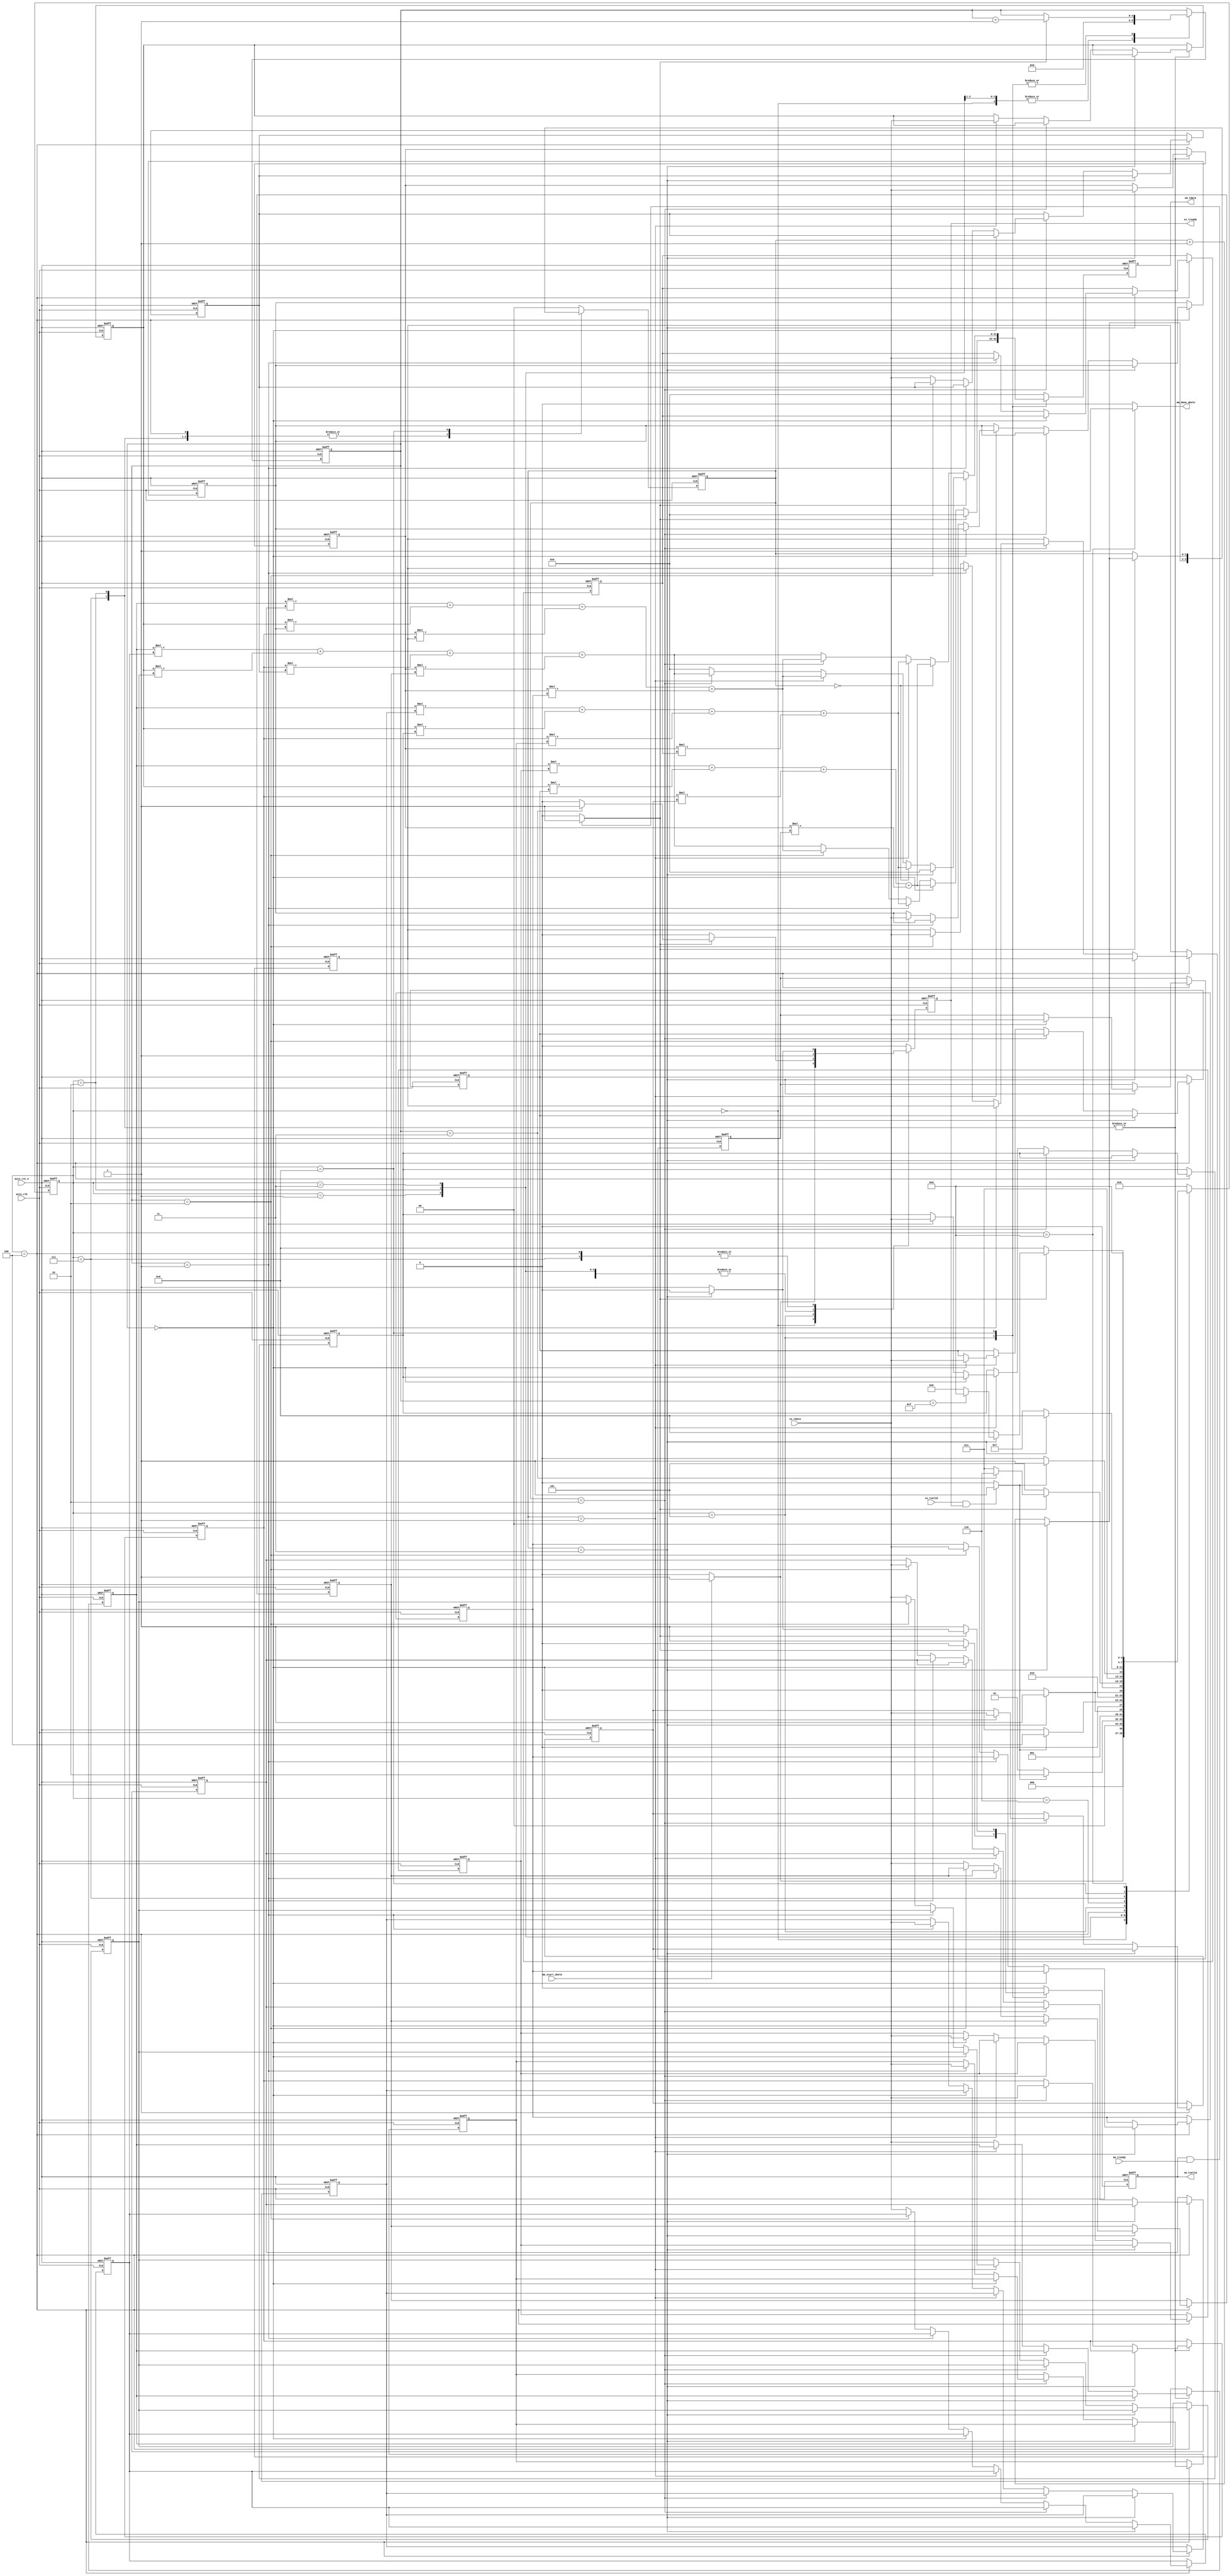
module mm 
#(  parameter pADDR_WIDTH = 12,
    parameter pDATA_WIDTH = 32
)
(
    input   wire                     axis_clk,
    input   wire                     axis_rst_n,
    
    // ap_start from DMA
    input   wire                     mm_start_whole,
    output   wire                     mm_done_whole,
    /////output   wire                     mm_idle,

    // Data in (AXI-Stream)
    input   wire                     ss_tvalid, 
    input   wire [(pDATA_WIDTH-1):0] ss_tdata, 
    //input   wire                     ss_tlast, //not used
    output  reg                     ss_tready,

    // Data out (AXI-Stream)
    input   wire                     sm_tready, 
    output  reg                     sm_tvalid, 
    output  reg [(pDATA_WIDTH-1):0] sm_tdata
    //output  wire                     sm_tlast, //not used
);

// Design by yuhungwei, testbench by zeus950068, modified by whywhytellmewhy
localparam IDLE = 4'd0;
localparam WAIT_MATRIX_A1_HANDSHAKE = 4'd1;
localparam INPUT_MATRIX_A_row1= 4'd2;

localparam WAIT_MATRIX_B_HANDSHAKE= 4'd3;
localparam INPUT_MATRIX_B_column = 4'd4;

localparam OUTPUT_row1 = 4'd5;
localparam WAIT_MATRIX_A_rest_row_HANDSHAKE = 4'd6;
localparam INPUT_MATRIX_A_rest_row = 4'd7;
localparam OUTPUT_rest_row = 4'd8;
localparam DONE = 4'd9;


wire mm_start; // modified
wire mm_done; // modified
wire mm_idle; // modified
assign mm_done_whole=mm_idle; // modified

reg ss_tready_before_FF;
reg sm_tvalid_before_FF;
reg [(pDATA_WIDTH-1):0] sm_tdata_before_FF;

reg         [3:0]           n_state;
reg         [3:0]           c_state;
//matrix A * matrix B == matrix C
reg         [4:0]           cnt_output, next_cnt_output;
reg         [1:0]           cnt_input, next_cnt_input;

reg    [(pDATA_WIDTH-1):0]  A1,A2,A3,A4;
reg    [(pDATA_WIDTH-1):0]  B11,B12,B13,B14;
reg    [(pDATA_WIDTH-1):0]  B21,B22,B23,B24;
reg    [(pDATA_WIDTH-1):0]  B31,B32,B33,B34;
reg    [(pDATA_WIDTH-1):0]  B41,B42,B43,B44;
reg    [(pDATA_WIDTH-1):0]  next_A1,next_A2,next_A3,next_A4;
reg    [(pDATA_WIDTH-1):0]  next_B11,next_B12,next_B13,next_B14;
reg    [(pDATA_WIDTH-1):0]  next_B21,next_B22,next_B23,next_B24;
reg    [(pDATA_WIDTH-1):0]  next_B31,next_B32,next_B33,next_B34;
reg    [(pDATA_WIDTH-1):0]  next_B41,next_B42,next_B43,next_B44;
wire   [(pDATA_WIDTH-1):0]  mac1,mac2,mac3,mac4; // MUL & ADD


assign mm_start = (ss_tvalid && ss_tready) ? 1:0;
assign mm_done = (sm_tvalid && sm_tready) ? 1:0;
assign mm_idle = (c_state == DONE) ? 1:0;


//MAC
assign mac1 = A1 * B11 + A2 * B21 + A3 * B31 + A4 * B41;
assign mac2 = A1 * B12 + A2 * B22 + A3 * B32 + A4 * B42;
assign mac3 = A1 * B13 + A2 * B23 + A3 * B33 + A4 * B43;
assign mac4 = A1 * B14 + A2 * B24 + A3 * B34 + A4 * B44;

/////////////////////////////////////////////
///FSM
/////////////////////////////////////////////
always @(posedge axis_clk or negedge axis_rst_n) begin
	if(!axis_rst_n) begin
		c_state <= IDLE;
        ss_tready <= 0;
        sm_tvalid <= 0;
        sm_tdata <= 0;
        A1  <= 0;
        A2  <= 0;
        A3  <= 0;
        A4  <= 0;
        B11 <= 0;
        B12 <= 0;
        B13 <= 0;
        B14 <= 0;
        B21 <= 0;
        B22 <= 0;
        B23 <= 0;
        B24 <= 0;
        B31 <= 0;
        B32 <= 0;
        B33 <= 0;
        B34 <= 0;
        B41 <= 0;
        B42 <= 0;
        B43 <= 0;
        B44 <= 0;
        cnt_output <= 0;
        cnt_input <= 0;
	end
	else begin
		c_state <= n_state;
        ss_tready <= ss_tready_before_FF;
        sm_tvalid <= sm_tvalid_before_FF;
        sm_tdata <= sm_tdata_before_FF;
        A1  <= next_A1 ;
        A2  <= next_A2 ;
        A3  <= next_A3 ;
        A4  <= next_A4 ;
        B11 <= next_B11;
        B12 <= next_B12;
        B13 <= next_B13;
        B14 <= next_B14;
        B21 <= next_B21;
        B22 <= next_B22;
        B23 <= next_B23;
        B24 <= next_B24;
        B31 <= next_B31;
        B32 <= next_B32;
        B33 <= next_B33;
        B34 <= next_B34;
        B41 <= next_B41;
        B42 <= next_B42;
        B43 <= next_B43;
        B44 <= next_B44;
        cnt_output <= next_cnt_output;
        cnt_input <= next_cnt_input;
	end
end

always @(*) begin
    next_A1=A1;
    next_A2=A2;
    next_A3=A3;
    next_A4=A4;
    next_B11=B11;
    next_B12=B12;
    next_B13=B13;
    next_B14=B14;
    next_B21=B21;
    next_B22=B22;
    next_B23=B23;
    next_B24=B24;
    next_B31=B31;
    next_B32=B32;
    next_B33=B33;
    next_B34=B34;
    next_B41=B41;
    next_B42=B42;
    next_B43=B43;
    next_B44=B44;


    case(c_state)
        //0
        IDLE: begin // modified
            sm_tvalid_before_FF=0;
            sm_tdata_before_FF=0;
            next_cnt_input=0;
            next_cnt_output=0;
            
            if(mm_start_whole) begin // ap_start
                n_state = WAIT_MATRIX_A1_HANDSHAKE;
                ss_tready_before_FF=1;
            end
            else begin
                n_state = IDLE;
                ss_tready_before_FF=0;
            end
        end
        WAIT_MATRIX_A1_HANDSHAKE:begin
            ss_tready_before_FF=1;
            sm_tvalid_before_FF=0;
            sm_tdata_before_FF=0;
            next_cnt_input=0;
            next_cnt_output=0;

            if(mm_start) begin // ss handshake
                n_state = INPUT_MATRIX_A_row1;
            end
            else begin
                n_state = WAIT_MATRIX_A1_HANDSHAKE;
            end
        end
        INPUT_MATRIX_A_row1:begin
            ss_tready_before_FF=1;
            sm_tvalid_before_FF=0;
            sm_tdata_before_FF=0;
            next_cnt_output=0;

            if(cnt_input==3) begin
                n_state = WAIT_MATRIX_B_HANDSHAKE;
                next_A4=ss_tdata;
                next_cnt_input=0;
            end
            else if(cnt_input==2) begin
                n_state = INPUT_MATRIX_A_row1;
                next_A3=ss_tdata;
                next_cnt_input=cnt_input+1;
            end
            else if(cnt_input==1) begin
                n_state = INPUT_MATRIX_A_row1;
                next_A2=ss_tdata;
                next_cnt_input=cnt_input+1;
            end
            else begin
                n_state = INPUT_MATRIX_A_row1;
                next_A1=ss_tdata;
                next_cnt_input=cnt_input+1;
            end
        end
        WAIT_MATRIX_B_HANDSHAKE:begin
            ss_tready_before_FF=1;
            sm_tvalid_before_FF=0;
            sm_tdata_before_FF=0;
            next_cnt_input=0;
            next_cnt_output=cnt_output;

            if(mm_start) begin // ss handshake
                n_state = INPUT_MATRIX_B_column;
            end
            else begin
                n_state = WAIT_MATRIX_B_HANDSHAKE;
            end
        end
        INPUT_MATRIX_B_column:begin
            sm_tvalid_before_FF=0;
            sm_tdata_before_FF=0;
            next_cnt_output=cnt_output;

            if(cnt_input==3) begin
                n_state = OUTPUT_row1;
                ss_tready_before_FF=0;
                if(cnt_output==0) begin
                    next_B41=ss_tdata;
                end
                else if(cnt_output==1) begin
                    next_B42=ss_tdata;
                end
                else if(cnt_output==2) begin
                    next_B43=ss_tdata;
                end
                else begin
                    next_B44=ss_tdata;
                end
                next_cnt_input=0;
            end
            else if(cnt_input==2) begin
                n_state = INPUT_MATRIX_B_column;
                ss_tready_before_FF=1;
                if(cnt_output==0) begin
                    next_B31=ss_tdata;
                end
                else if(cnt_output==1) begin
                    next_B32=ss_tdata;
                end
                else if(cnt_output==2) begin
                    next_B33=ss_tdata;
                end
                else begin
                    next_B34=ss_tdata;
                end
                next_cnt_input=cnt_input+1;
            end
            else if(cnt_input==1) begin
                n_state = INPUT_MATRIX_B_column;
                ss_tready_before_FF=1;
                if(cnt_output==0) begin
                    next_B21=ss_tdata;
                end
                else if(cnt_output==1) begin
                    next_B22=ss_tdata;
                end
                else if(cnt_output==2) begin
                    next_B23=ss_tdata;
                end
                else begin
                    next_B24=ss_tdata;
                end
                next_cnt_input=cnt_input+1;
            end
            else begin
                n_state = INPUT_MATRIX_B_column;
                ss_tready_before_FF=1;
                if(cnt_output==0) begin
                    next_B11=ss_tdata;
                end
                else if(cnt_output==1) begin
                    next_B12=ss_tdata;
                end
                else if(cnt_output==2) begin
                    next_B13=ss_tdata;
                end
                else begin
                    next_B14=ss_tdata;
                end

                next_cnt_input=cnt_input+1;
            end
        end
        OUTPUT_row1:begin
            next_cnt_input=0;

            if (mm_done) begin // sm handshake
                sm_tvalid_before_FF=0;
                sm_tdata_before_FF=0;
                next_cnt_output=cnt_output+1;
                if(cnt_output==3) begin
                    n_state = WAIT_MATRIX_A_rest_row_HANDSHAKE;
                    ss_tready_before_FF=1;
                end
                else begin
                    n_state = WAIT_MATRIX_B_HANDSHAKE;
                    ss_tready_before_FF=0;
                end
            end
            else begin
                n_state = OUTPUT_row1;
                ss_tready_before_FF=0;
                sm_tvalid_before_FF=1;
                next_cnt_output=cnt_output;
                if(cnt_output==0) begin
                    sm_tdata_before_FF=mac1;
                end
                else if(cnt_output==1) begin
                    sm_tdata_before_FF=mac2;
                end
                else if(cnt_output==2) begin
                    sm_tdata_before_FF=mac3;
                end
                else begin
                    sm_tdata_before_FF=mac4;
                end
                
            end
        end
        WAIT_MATRIX_A_rest_row_HANDSHAKE:begin
            ss_tready_before_FF=1;
            sm_tvalid_before_FF=0;
            sm_tdata_before_FF=0;
            next_cnt_input=0;
            next_cnt_output=cnt_output;

            if(mm_start) begin // ss handshake
                n_state = INPUT_MATRIX_A_rest_row;
            end
            else begin
                n_state = WAIT_MATRIX_A_rest_row_HANDSHAKE;
            end
        end
        INPUT_MATRIX_A_rest_row:begin
            sm_tvalid_before_FF=0;
            sm_tdata_before_FF=0;
            next_cnt_output=cnt_output;

            if(cnt_input==3) begin
                n_state = OUTPUT_rest_row;
                ss_tready_before_FF=0;
                next_A4=ss_tdata;
                next_cnt_input=0;
            end
            else if(cnt_input==2) begin
                n_state = INPUT_MATRIX_A_rest_row;
                ss_tready_before_FF=1;
                next_A3=ss_tdata;
                next_cnt_input=cnt_input+1;
            end
            else if(cnt_input==1) begin
                n_state = INPUT_MATRIX_A_rest_row;
                ss_tready_before_FF=1;
                next_A2=ss_tdata;
                next_cnt_input=cnt_input+1;
            end
            else begin
                n_state = INPUT_MATRIX_A_rest_row;
                ss_tready_before_FF=1;
                next_A1=ss_tdata;

                next_cnt_input=cnt_input+1;
            end
        end
        OUTPUT_rest_row:begin
            ss_tready_before_FF=0;
            

            if (mm_done) begin // sm handshake
                next_cnt_output=cnt_output+1;
                if(cnt_input==3) begin
                    sm_tvalid_before_FF=0;
                    sm_tdata_before_FF=0;
                    next_cnt_input=0;
                    if(cnt_output==15) begin
                        n_state = DONE;
                    end
                    else begin
                        n_state = WAIT_MATRIX_A_rest_row_HANDSHAKE;
                    end
                end
                else begin
                    n_state = OUTPUT_rest_row;
                    sm_tvalid_before_FF=1;
                    if(cnt_input==0) begin
                        sm_tdata_before_FF=mac2;
                    end
                    else if(cnt_input==1) begin
                        sm_tdata_before_FF=mac3;
                    end
                    else if(cnt_input==2) begin
                        sm_tdata_before_FF=mac4;
                    end
                    else begin
                        sm_tdata_before_FF=0;
                    end
                    next_cnt_input=cnt_input+1;
                end
            end
            else begin
                n_state = OUTPUT_rest_row;
                ss_tready_before_FF=0;
                sm_tvalid_before_FF=1;
                next_cnt_input=cnt_input;
                next_cnt_output=cnt_output;

                if(cnt_input==0) begin
                    sm_tdata_before_FF=mac1;
                end
                else if(cnt_input==1) begin
                    sm_tdata_before_FF=mac2;
                end
                else if(cnt_input==2) begin
                    sm_tdata_before_FF=mac3;
                end
                else begin
                    sm_tdata_before_FF=mac4;
                end
                
            end
        end
        DONE:begin
            n_state = DONE;
            ss_tready_before_FF=0;
            sm_tvalid_before_FF=0;
            sm_tdata_before_FF=0;
            next_cnt_input=0;
            next_cnt_output=cnt_output;
        end
        default : begin
            n_state = IDLE;
            ss_tready_before_FF=0;
            sm_tvalid_before_FF=0;
            sm_tdata_before_FF=0;

            next_cnt_input=0;
            next_cnt_output=cnt_output;
            
        end
    endcase
end
    

endmodule